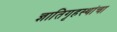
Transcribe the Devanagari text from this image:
ज्ञातिगृहस्थांचा